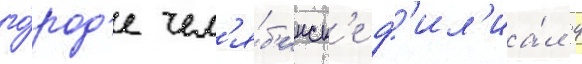
го́род'е чел'я́б'инск'е ф'ил'иа́л 4